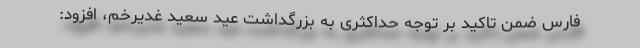
فارس ضمن تاکید بر توجه حداکثری به بزرگداشت عید سعید غدیرخم، افزود: